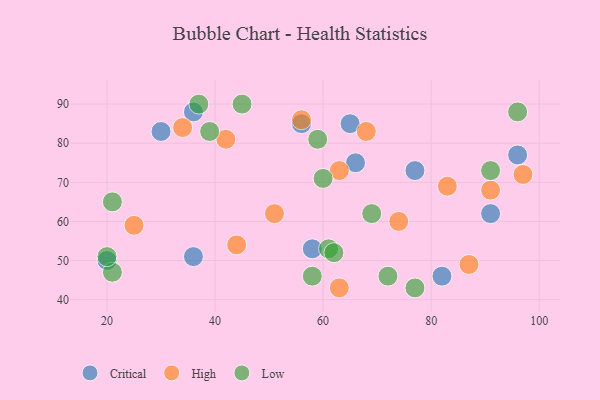
{"axis": {"x": "GDP", "y": "Life Expectancy"}, "legend": ["Critical", "High", "Low"], "data": [{"x": "65", "y": 85, "type": "Critical"}, {"x": "77", "y": 73, "type": "Critical"}, {"x": "66", "y": 75, "type": "Critical"}, {"x": "91", "y": 62, "type": "Critical"}, {"x": "56", "y": 85, "type": "Critical"}, {"x": "36", "y": 88, "type": "Critical"}, {"x": "96", "y": 77, "type": "Critical"}, {"x": "36", "y": 51, "type": "Critical"}, {"x": "58", "y": 53, "type": "Critical"}, {"x": "30", "y": 83, "type": "Critical"}, {"x": "82", "y": 46, "type": "Critical"}, {"x": "20", "y": 50, "type": "Critical"}, {"x": "63", "y": 43, "type": "High"}, {"x": "56", "y": 86, "type": "High"}, {"x": "51", "y": 62, "type": "High"}, {"x": "34", "y": 84, "type": "High"}, {"x": "42", "y": 81, "type": "High"}, {"x": "25", "y": 59, "type": "High"}, {"x": "68", "y": 83, "type": "High"}, {"x": "91", "y": 68, "type": "High"}, {"x": "74", "y": 60, "type": "High"}, {"x": "83", "y": 69, "type": "High"}, {"x": "97", "y": 72, "type": "High"}, {"x": "63", "y": 73, "type": "High"}, {"x": "87", "y": 49, "type": "High"}, {"x": "44", "y": 54, "type": "High"}, {"x": "21", "y": 65, "type": "Low"}, {"x": "69", "y": 62, "type": "Low"}, {"x": "61", "y": 53, "type": "Low"}, {"x": "59", "y": 81, "type": "Low"}, {"x": "21", "y": 47, "type": "Low"}, {"x": "96", "y": 88, "type": "Low"}, {"x": "37", "y": 90, "type": "Low"}, {"x": "62", "y": 52, "type": "Low"}, {"x": "60", "y": 71, "type": "Low"}, {"x": "77", "y": 43, "type": "Low"}, {"x": "58", "y": 46, "type": "Low"}, {"x": "72", "y": 46, "type": "Low"}, {"x": "45", "y": 90, "type": "Low"}, {"x": "39", "y": 83, "type": "Low"}, {"x": "20", "y": 51, "type": "Low"}, {"x": "91", "y": 73, "type": "Low"}]}